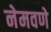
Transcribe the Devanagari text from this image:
नेमवणे